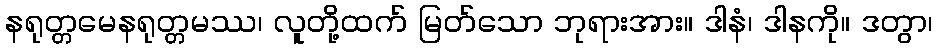
နရုတ္တမေနရုတ္တမဿ၊ လူတို့ထက် မြတ်သော ဘုရားအား။ ဒါနံ၊ ဒါနကို။ ဒတွာ၊